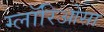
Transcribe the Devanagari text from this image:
ग्लॉरिओसा